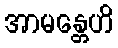
အာမန္တေဟိ